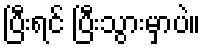
ပြီးရင် ပြီးသွားမှာပဲ။